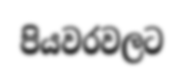
පියවරවලට